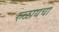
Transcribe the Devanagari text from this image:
रुळायचा